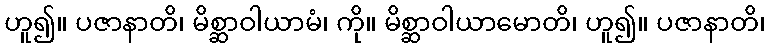
ဟူ၍။ ပဇာနာတိ၊ မိစ္ဆာဝါယာမံ၊ ကို။ မိစ္ဆာဝါယာမောတိ၊ ဟူ၍။ ပဇာနာတိ၊